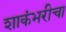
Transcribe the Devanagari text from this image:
शाकंभरीचा